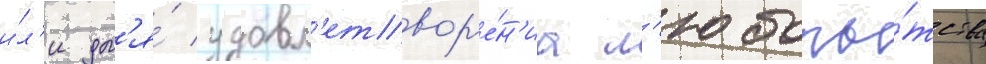
и́л'и дл'я́ удовл'етвор'е́н'иа л'юбопы́тства